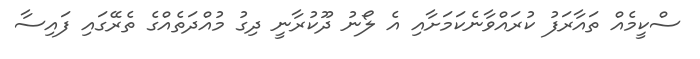
ސްކީމެއް ތައާރަފު ކުރައްވާނެކަމަށާއި އެ ލޯނު ދޫކުރާނީ ދިގު މުއްދަތެއްގެ ތެރޭގައި ފައިސާ